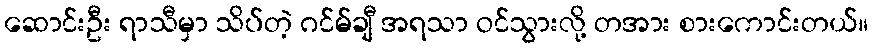
ဆောင်းဦး ရာသီမှာ သိပ်တဲ့ ဂင်မ်ချီ အရသာ ဝင်သွားလို့ တအား စားကောင်းတယ်။